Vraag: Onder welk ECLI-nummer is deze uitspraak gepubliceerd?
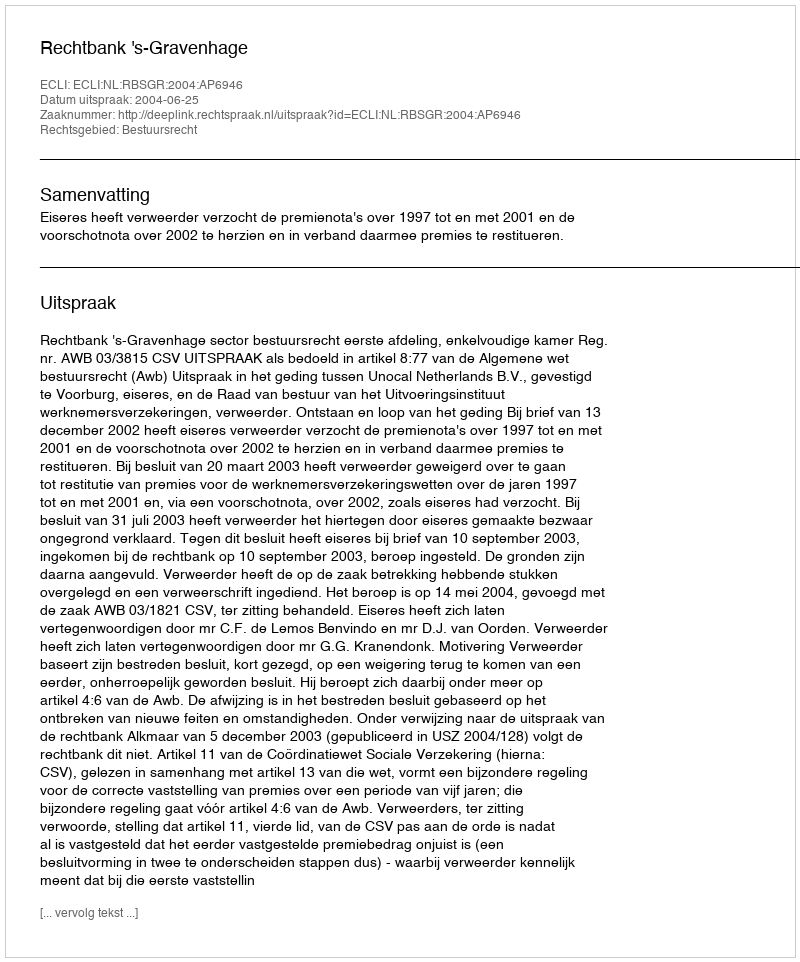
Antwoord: ECLI:NL:RBSGR:2004:AP6946